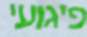
פיגועי